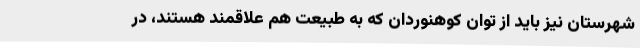
شهرستان نیز باید از توان کوهنوردان که به طبیعت هم علاقمند هستند، در